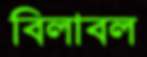
বিলাবল